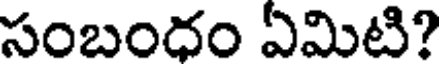
సంబందం ఏమిటి?